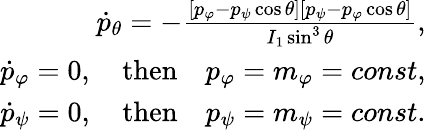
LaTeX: \begin{array}{r}{\dot{p}_{\theta}=-\frac{[p_{\varphi}-p_{\psi}\cos\theta][p_{\psi}-p_{\varphi}\cos\theta]}{I_{1}\sin^{3}\theta},}\\ {\dot{p}_{\varphi}=0,\quad\mathrm{then}\quad p_{\varphi}=m_{\varphi}=const,}\\ {\dot{p}_{\psi}=0,\quad\mathrm{then}\quad p_{\psi}=m_{\psi}=const.}\end{array}